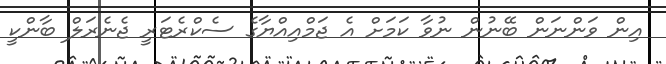
އިން ވަންނަން ބޭނުން ނުވާ ކަމަށް އެ ޖަމްއިއްޔާގެ ސެކްރެޓަރީ ޖެނެރަލް ބާންކީ